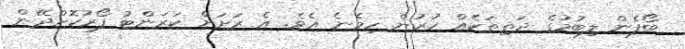
ބޯފެން ލިބުމުގެ ދަތިތަކެއް ހުރުން ހިމެނެ އެވެ. އެ ރަށަށް ކަރަންޓު ފޯރުކޮށްދޭން